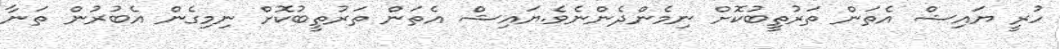
ހުރީ ޔައިޝް އެތަން ތަރުތީބުކޮށް ނިމެންދެންނެވެ.ޔައިޝް އެތަން ތަރުތީބުކޮށް ނިމިގެން އެބުރުން ތަނާ